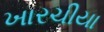
ખારચીયા